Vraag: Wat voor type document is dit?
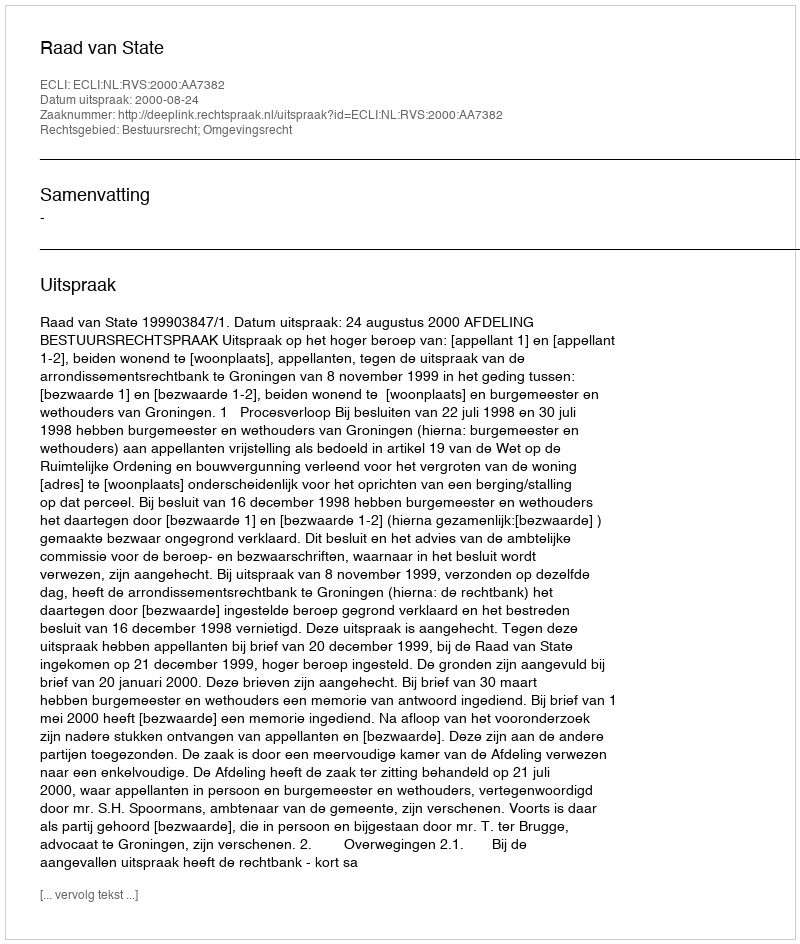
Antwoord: Uitspraak